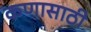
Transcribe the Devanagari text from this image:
कणासाठी